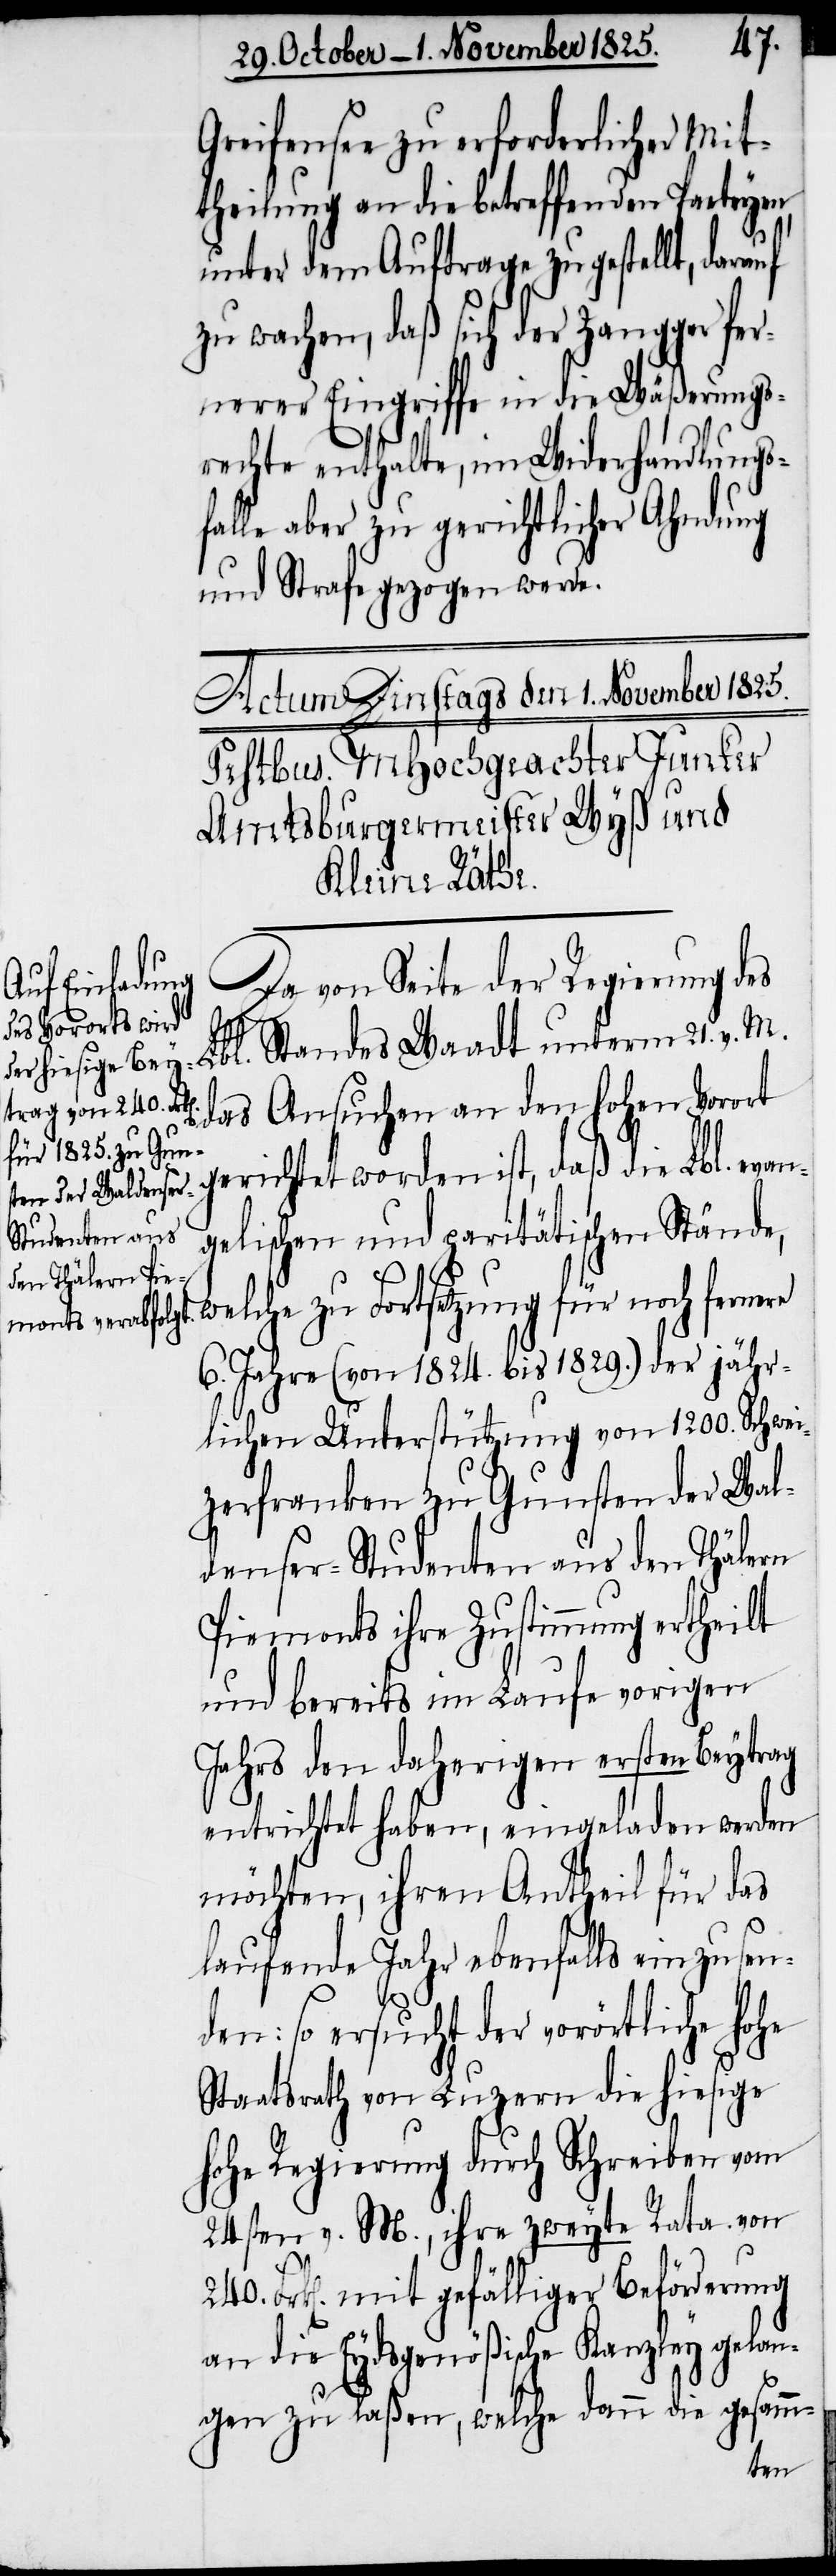
Greifensee zu erforderlicher Mit¬
theilung an die betreffenden Parteyen
unter dem Auftrage zugestellt, darauf
zu wachen, daß sich der Zangger fer¬
nerer Eingriffe in die Wäßerungs¬
rechte enthalte, im Widerhandlungs¬
falle aber zu gerichtlicher Ahndung
und Strafe gezogen werde.
Da von Seite der Regierung de¬
s Lbl. Standes Waadt unterm 21. v. M.
das Ansuchen an den hohen Vorort
n¬
gerichtet worden ist, daß die Lbl. eva¬
gelischen und paritätischen Ständ¬
e, welche zu Fortsetzung für noch fernere
6. Jahre (von 1824. bis 1829.) der jähr¬
lichen Unterstützung von 1200. Schwei¬
zerfranken zu Gunsten der Wal¬
denser-Studenten aus den Thälern
Piemonts ihre Zustimmung ertheilt
und bereits im Laufe vorigen
Jahrs den daherigen ersten Beytrag
entrichtet haben, eingeladen werden
möchten, ihren Antheil für das
laufende Jahr ebenfalls einzusen¬
den: so ersucht der vorörtliche hohe
Staatsrath von Luzern die hiesige
hohe Regierung durch Schreiben vom
24sten v. M., ihre zweyte Rata. von
Frk[en]. mit gefälliger Beförderung
an die Eydsgenößische Kanzley gelan¬
gen zu laßen, welche dann die gesamm-